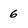
Character: 6